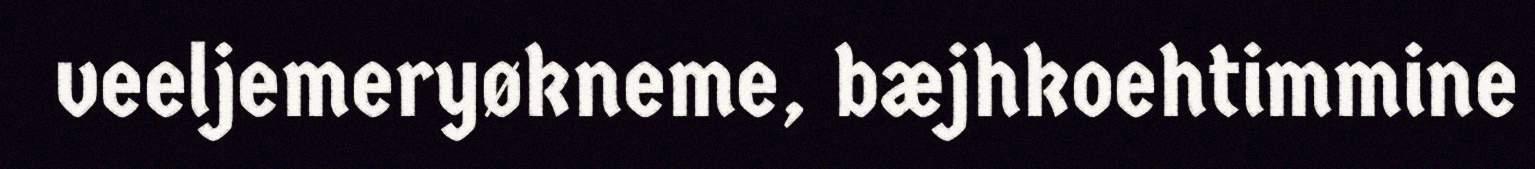
veeljemeryøkneme, bæjhkoehtimmine